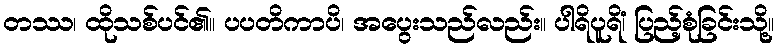
တဿ၊ ထိုသစ်ပင်၏။ ပပတိကာပိ၊ အပွေးသည်လည်း။ ပါရိပူရိံ၊ ပြည့်စုံခြင်းသို့။